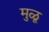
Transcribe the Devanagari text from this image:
मुळू